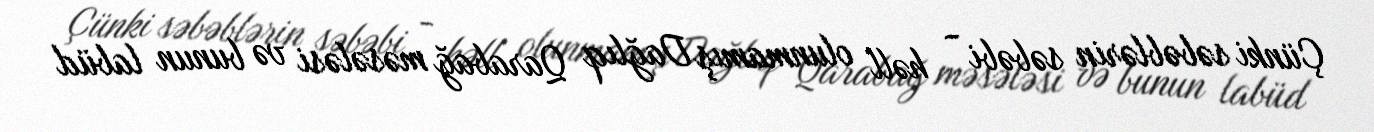
Çünki səbəblərin səbəbi - həll olunmamış Dağlıq Qarabağ məsələsi və bunun labüd